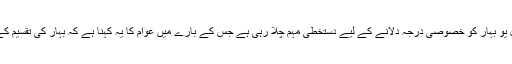
ان دنوں ان کی پارٹی جنتا دل یو بہار کو خصوصی درجہ دلانے کے لیے دستخطی مہم چلا رہی ہے جس کے بارے میں عوام کا یہ کہنا ہے کہ بہار کی تقسیم کے لیے یہی لوگ ذمہ دار ہیں۔